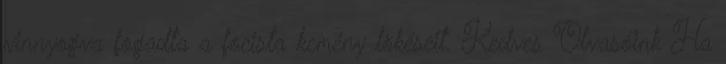
vinnyogva fogadta a focista kemény lökéseit. Kedves Olvasóink Ha